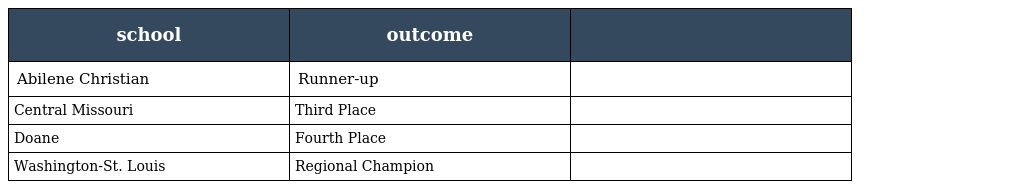
| school | outcome |  |
 | --- | --- | --- |
 | Abilene Christian | Runner-up |  |
 | Central Missouri | Third Place |  |
 | Doane | Fourth Place |  |
 | Washington-St. Louis | Regional Champion |  |